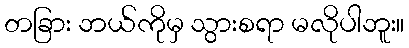
တခြား ဘယ်ကိုမှ သွားစရာ မလိုပါဘူး။